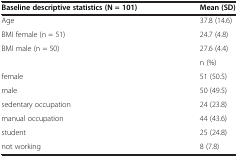
<table><thead><tr><td><b>Baseline descriptive statistics (N = 101)</b></td><td><b>Mean (SD)</b></td></tr></thead><tbody><tr><td>Age</td><td>37.8 (14.6)</td></tr><tr><td>BMI female (n = 51)</td><td>24.7 (4.8)</td></tr><tr><td>BMI male (n = 50)</td><td>27.6 (4.4)</td></tr><tr><td> </td><td>n (%)</td></tr><tr><td>female</td><td>51 (50.5)</td></tr><tr><td>male</td><td>50 (49.5)</td></tr><tr><td>sedentary occupation</td><td>24 (23.8)</td></tr><tr><td>manual occupation</td><td>44 (43.6)</td></tr><tr><td>student</td><td>25 (24.8)</td></tr><tr><td>not working</td><td>8 (7.8)</td></tr></tbody></table>